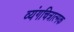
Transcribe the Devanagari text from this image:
व्यंगचित्रात्मक